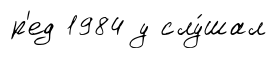
р'ед 1984 у слу́шал